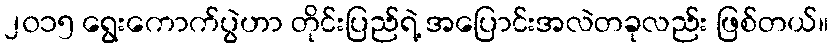
၂၀၁၅ ရွေးကောက်ပွဲဟာ တိုင်းပြည်ရဲ့ အပြောင်းအလဲတခုလည်း ဖြစ်တယ်။